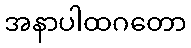
အနာပါထဂတော